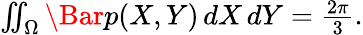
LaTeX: \begin{array}{r}{\iint_{\Omega}\Bar{p}(X,Y)\, dX\, dY=\frac{2\pi}{3}.}\end{array}